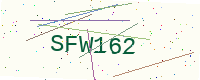
Text: SFW162